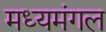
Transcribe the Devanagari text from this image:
मध्यमंगल